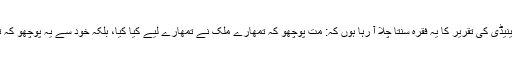
میں اپنے بچپن سے ہی جان ایف کینیڈی کی تقریر کا یہ فقرہ سنتا چلا آ رہا ہوں کہ: مت پوچھو کہ تمھارے ملک نے تمھارے لیے کیا کِیا، بلکہ خود سے یہ پوچھو کہ تم نے اپنے ملک کے لیے کیا کِیا؟